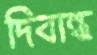
দিবান্ধ